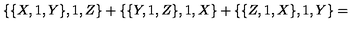
\{ \{ X , 1 , Y \} , 1 , Z \} + \{ \{ Y , 1 , Z \} , 1 , X \} + \{ \{ Z , 1 , X \} , 1 , Y \} =